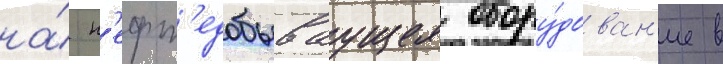
на́ н'ефт'едобываущее обору́дован'ие в